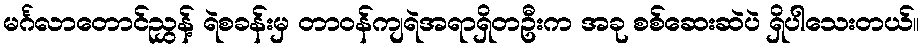
မင်္ဂလာတောင်ညွှန့် ရဲစခန်းမှ တာဝန်ကျရဲအရာရှိတဦးက အခု စစ်ဆေးဆဲပဲ ရှိပါသေးတယ်။